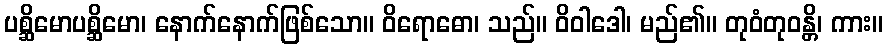
ပစ္ဆိမောပစ္ဆိမော၊ နောက်နောက်ဖြစ်သော။ ဝိရောဓော၊ သည်။ ဝိဝါဒေါ၊ မည်၏။ တုဝံတုဝန္တိ၊ ကား။